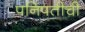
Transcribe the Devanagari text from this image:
पनिपतीची